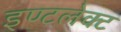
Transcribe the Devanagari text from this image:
इण्टलेक्ट